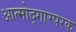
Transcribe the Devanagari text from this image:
आत्मोद्गारपरक